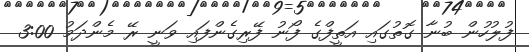
ފުލުހުން ބުނާ ގޮތުގައި އަތީފްގެ ފޯނު ފޭރިގެންފައި ވަނީ ރޭ މެންދަމު 3:00